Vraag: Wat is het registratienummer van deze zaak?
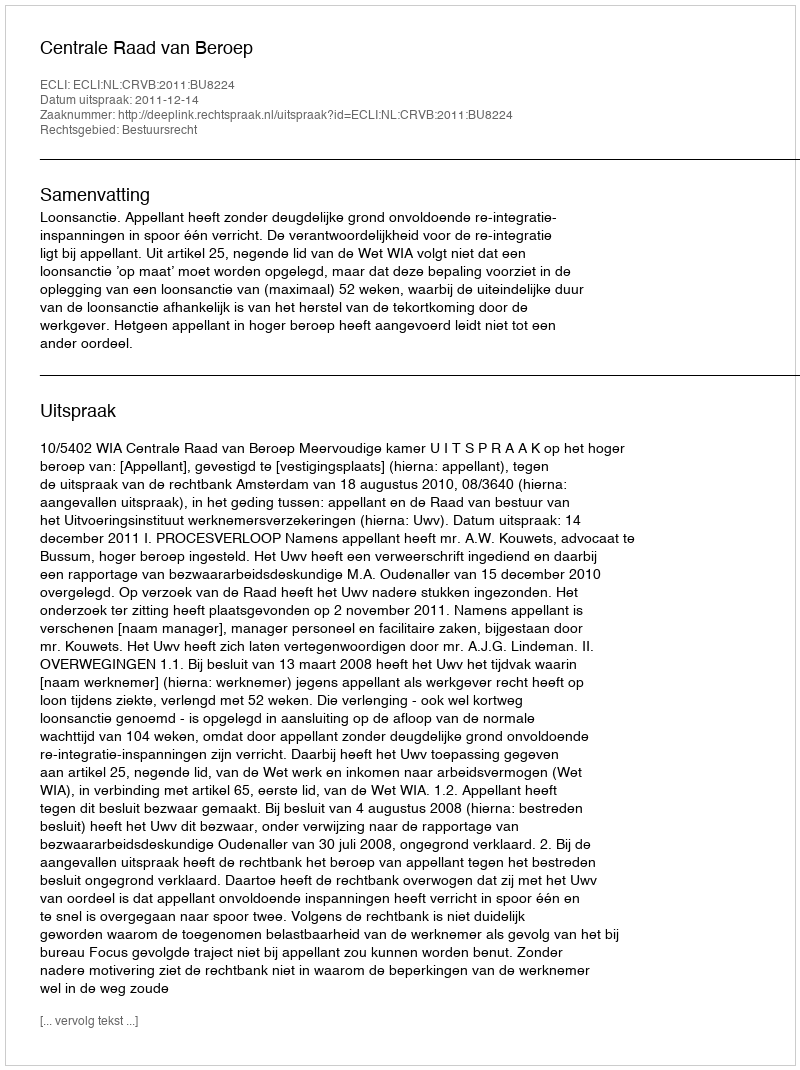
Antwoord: http://deeplink.rechtspraak.nl/uitspraak?id=ECLI:NL:CRVB:2011:BU8224